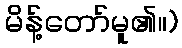
မိန့်တော်မူ၏။)